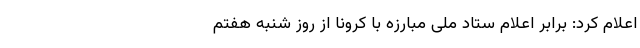
اعلام کرد: برابر اعلام ستاد ملی مبارزه با کرونا از روز شنبه هفتم